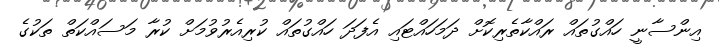
އިންސާނީ ހައްގުތައް ރައްކާތެރިކޮށް ދަމަހައްޓައި އެފަދަ ހައްގުތައް ކުރިއެރުވުމަށް ކުރާ މަސައްކަތް ތަކުގެ